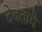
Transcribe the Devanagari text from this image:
देवतायै